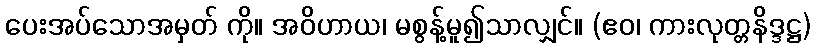
ပေးအပ်သောအမှတ် ကို။ အဝိဟာယ၊ မစွန့်မူ၍သာလျှင်။ (ဧဝ၊ ကားလုတ္တနိဒ္ဒဋ္ဌ)